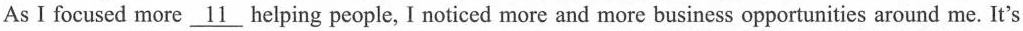
As I focused more \underline{11} helping people, I noticed more and more business opportunities around me. It's